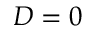
D = 0